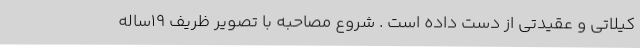
کیلاتی و عقیدتی از دست داده است . شروع مصاحبه با تصویر ظریف 19‌ساله